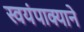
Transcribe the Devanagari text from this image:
स्वयंपाक्याने